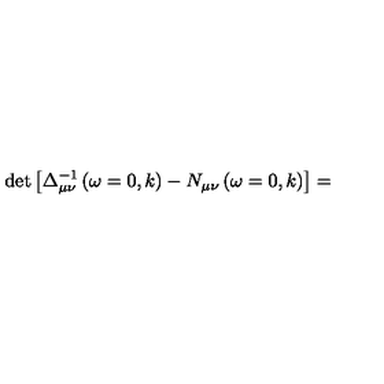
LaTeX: \det \left[ \Delta _ { \mu \nu } ^ { - 1 } \left( \omega = 0 , k \right) - N _ { \mu \nu } \left( \omega = 0 , k \right) \right] =